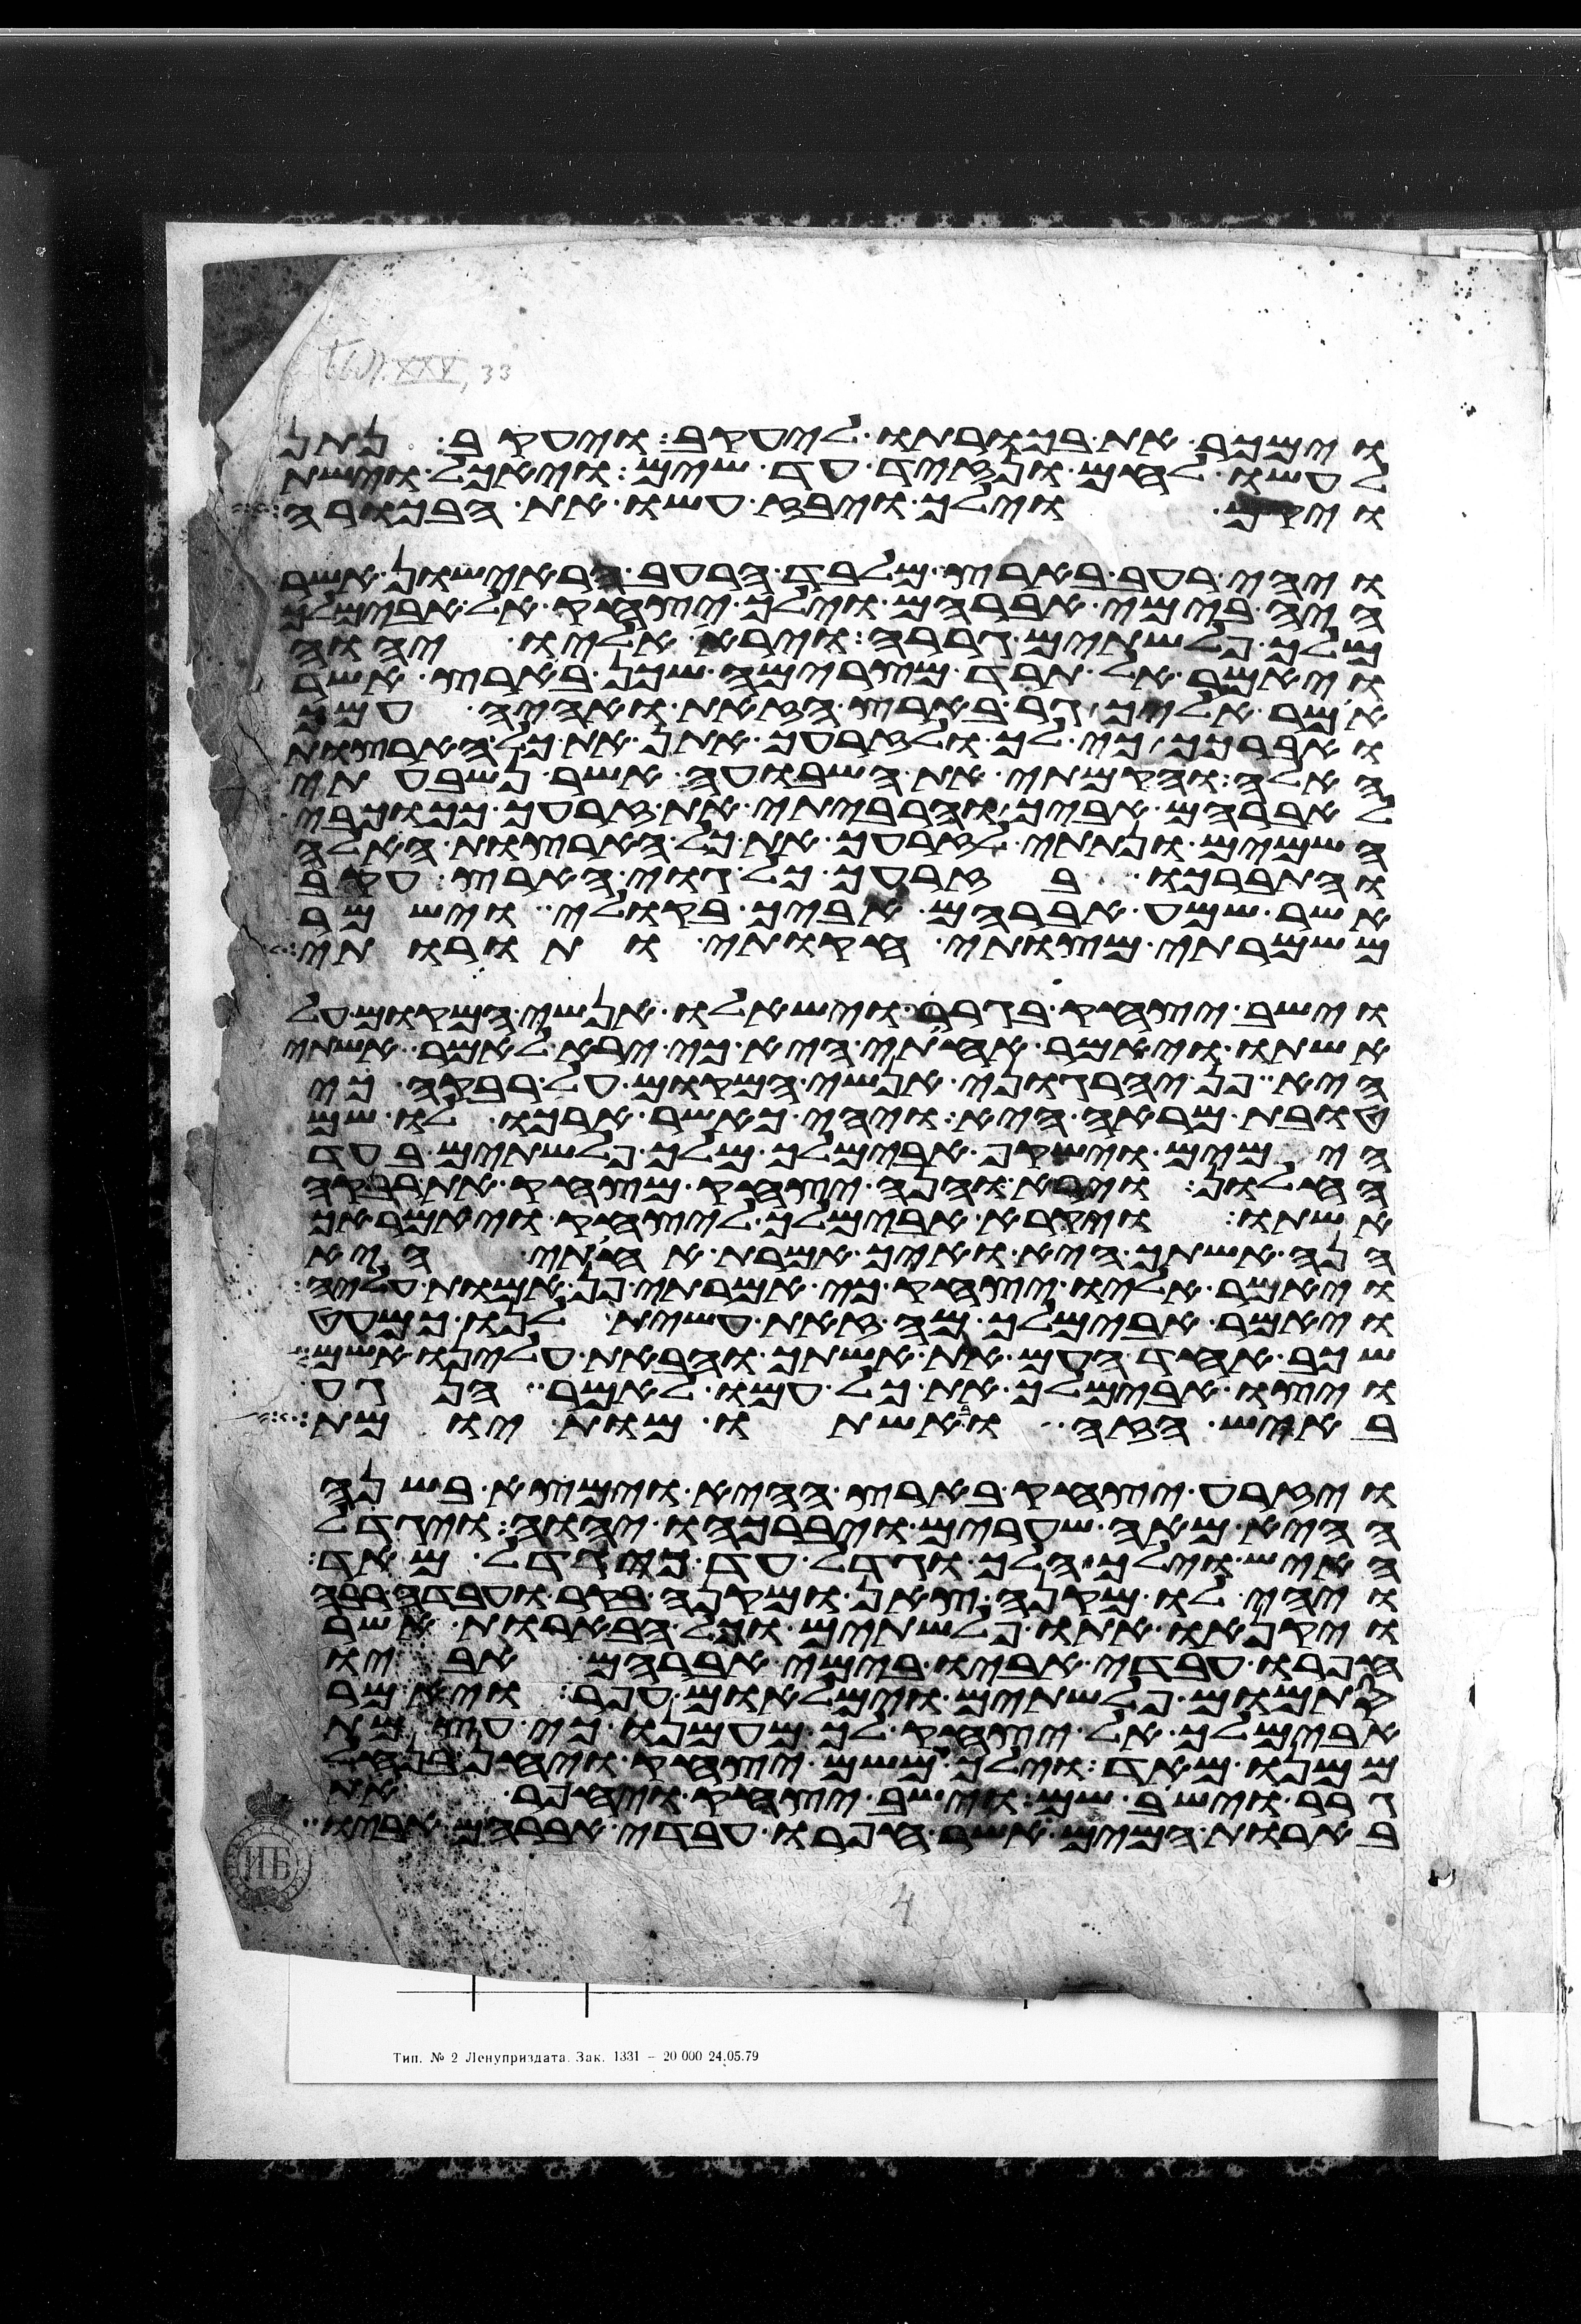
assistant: וימכר את בכורתו ליעקב ויעקב נתן
לעשו לחם ונזיד עד שים ויאכל וישת
ויקם וילך ויבז עשו את הבכורה
ויהי רעב בארץ מלבד הרעב הראישון אשר
היה בימי אברהם וילך יצחק אל אבימלך
מלך פלשתים גררה וירא אליו יהוה
ויאמר אל תרד מצרימה שכן בארץ אשר
אמר אליך גר בארץ הזאת ואהיה עמך
ואברכך כי לך ולזרעך אתן את כל הארצות
האלה והקמתי את השבועה אשר נשבעתי
לאברהם אביך והרביתי את זרעך ככוכבי
השמים ונתתי לזרעך את כל הארצות האלה
והתברכו בזרעך כל גוי הארץ עקב
אשר שמע אברהם אביך בקולי וישמר
משמרתי מצותי חקותי ותורותי
וישב יצחק בגרר וישאלו אנשי המקום על
אשתו ויאמר אחותי היא כי ירא לאמר אשתי
היא פן יהרגוני אנשי המקום על רבקה כי
טובת מראה היא ויהי כאשר הרכו לו שם
הימים וישקף אבימלך מלך פלשתים בעד
החלון וירא והנה יצחק מצחק את רבקה
אשתו ויקרא אבימלך ליצחק ויאמר אך
הנה אשתך היא ואיך אמרת אחותי היא
ויאמר אליו יצחק כי אמרתי פן אמות עליה
ויאמר אבימלך מה זאת עשית לנו כמעט
שכב אחד העם את אשתך והבאת עלינו אשם
ויצו אבימלך את כל עמו לאמר הנגע
באיש הזה ובאשתו מות יומת
ויזרע יצחק בארץ ההיא וימצא בשנה
ההיא מאה שערים ויברכהו יהוה ויגדל
האיש וילך הלך וגדל עד כי גדל מאד
ויהי לו מקנה צאן ומקנה בקר ועבדה רבה
ויקנאו אתו פלשתים וכל הבארות אשר
חפרו עבדי אביו בימי אברהם אביו
סתמום פלשתים וימלאום עפר ויאמר
אבימלך אל יצחק לך מעמנו כי עצמת
ממנו מאד וילך משם יצחק ויחן בנחל
גרר וישב שם וישב יצחק ויחפר את
בארות המים אשר חפרו עבדי אברהם אביו